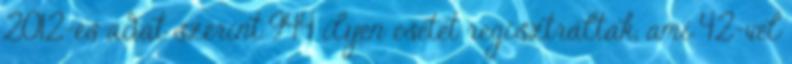
2012-es adat szerint 944 ilyen esetet regisztráltak, ami 42-vel